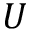
U